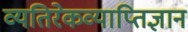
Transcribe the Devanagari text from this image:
व्यतिरेकव्याप्तिज्ञान